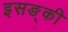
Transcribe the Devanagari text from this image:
इसङ्की